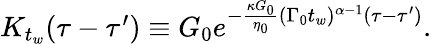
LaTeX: \begin{array}{r}{K_{t_{w}}(\tau-\tau^{\prime})\equiv G_{0}e^{-\frac{\kappa G_{0}}{\eta_{0}}(\Gamma_{0}t_{w})^{\alpha-1}(\tau-\tau^{\prime})}.}\end{array}